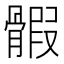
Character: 𩩱